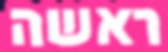
ראשה